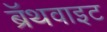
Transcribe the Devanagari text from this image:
ब्रॅथवाइट